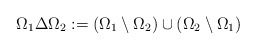
\begin{align*}\Omega_1\Delta \Omega_2:=(\Omega_1\setminus \Omega_2)\cup(\Omega_2\setminus\Omega_1)\end{align*}